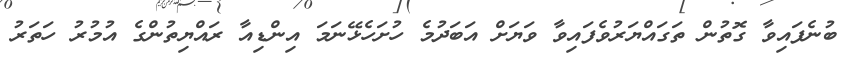
ބުނެފައިވާ ގޮތުން ތަގައްޔަރުވެފައިވާ ވަޔަށް އަބަދުމެ ހުށަހެޅޭނަމަ އިންޑިއާ ރައްޔިތުންގެ އުމުރު ހަތަރު